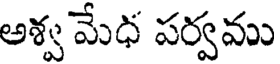
అశ్వ మేధ పర్వము